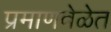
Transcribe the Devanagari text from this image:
प्रमाणवेळेत